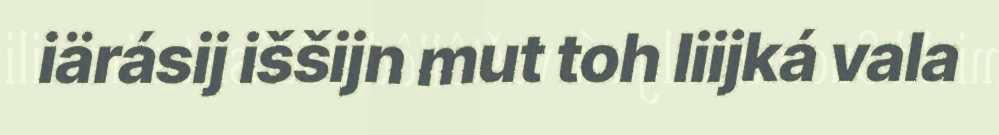
iärásij iššijn mut toh liijká vala